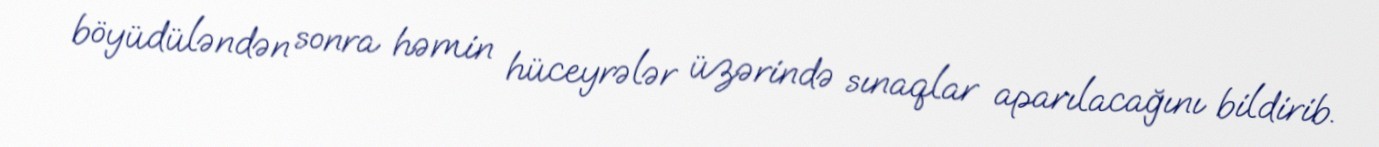
böyüdüləndən sonra həmin hüceyrələr üzərində sınaqlar aparılacağını bildirib.